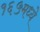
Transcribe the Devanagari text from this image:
१६५मध्ये